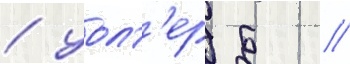
/ уолт'ер б //